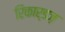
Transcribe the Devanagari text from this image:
रिकार्डज़